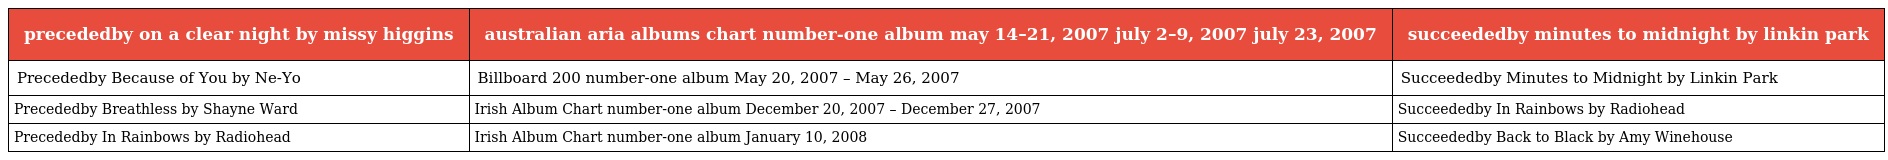
| precededby on a clear night by missy higgins | australian aria albums chart number-one album may 14–21, 2007 july 2–9, 2007 july 23, 2007 | succeededby minutes to midnight by linkin park |
 | --- | --- | --- |
 | Precededby Because of You by Ne-Yo | Billboard 200 number-one album May 20, 2007 – May 26, 2007 | Succeededby Minutes to Midnight by Linkin Park |
 | Precededby Breathless by Shayne Ward | Irish Album Chart number-one album December 20, 2007 – December 27, 2007 | Succeededby In Rainbows by Radiohead |
 | Precededby In Rainbows by Radiohead | Irish Album Chart number-one album January 10, 2008 | Succeededby Back to Black by Amy Winehouse |